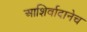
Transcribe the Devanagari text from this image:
आशिर्वादानेच